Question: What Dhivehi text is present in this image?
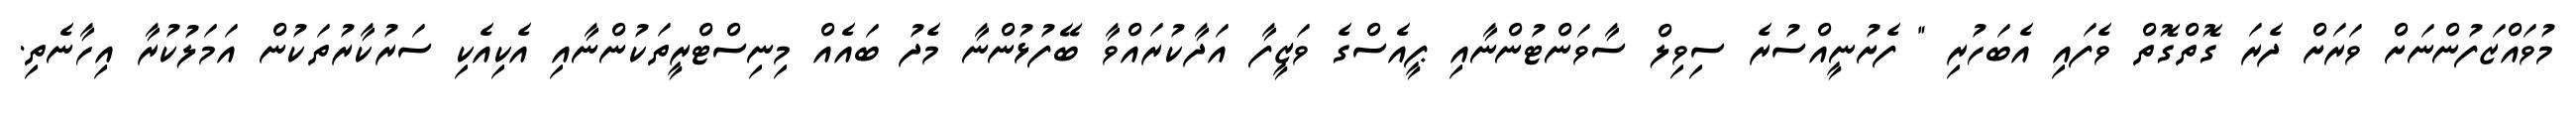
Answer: މުވައްޒަފުންނަށް ވަރަށް ދެރަ ގޮތްގޮތް ވެފައި އެބަހުރި " ފެށުނީއްސުރެ ސިވިލް ސާވަންޓުންނާއި ޕީއެސްގެ ވަޒީފާ އަދާކުރައްވާ ބޭފުޅުންނާ މެދު ބައެއް މިނިސްޓްރީތަކުންނާއި އެކިއެކި ސަރުކާރުތަކުން އަމަލުކުރާ އިހާނެތި.